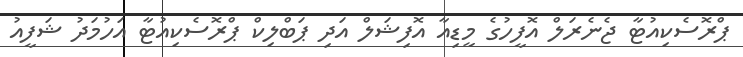
ޕްރޮސެކިއުޓާ ޖެނެރަލް އޮފީހުގެ މީޑިއާ އޮފިޝަލް އަދި ޕަބްލިކް ޕްރޮސެކިއުޓާ އަހުމަދު ޝަފީއު